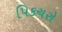
પિકચરો